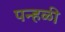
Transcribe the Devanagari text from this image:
पन्हळी